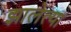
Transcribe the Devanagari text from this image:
झालेत्या